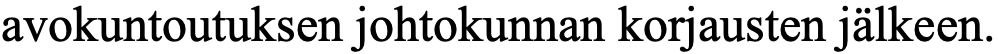
avokuntoutuksen johtokunnan korjausten jälkeen.